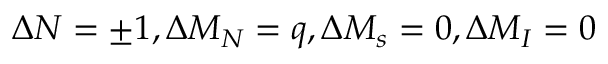
\Delta N = \pm 1 , \Delta M _ { N } = q , \Delta M _ { s } = 0 , \Delta M _ { I } = 0